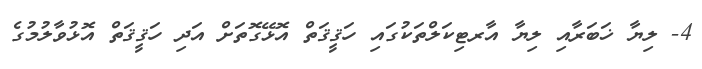
4- ލިޔާ ޚަބަރާއި ލިޔާ އާރޓިކަލްތަކުގައި ހަޤީޤަތް އޮޅޭގޮތަށް އަދި ހަޤީޤަތް އޮޅުވާލުމުގެ